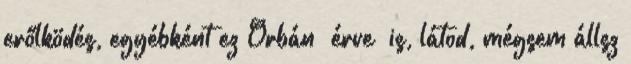
erőlködés, egyébként ez Orbán “érve” is, látod, mégsem állsz